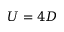
U = 4 D